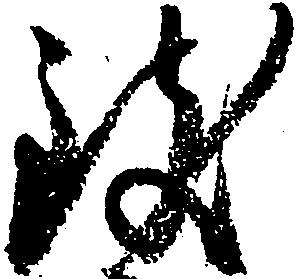
致